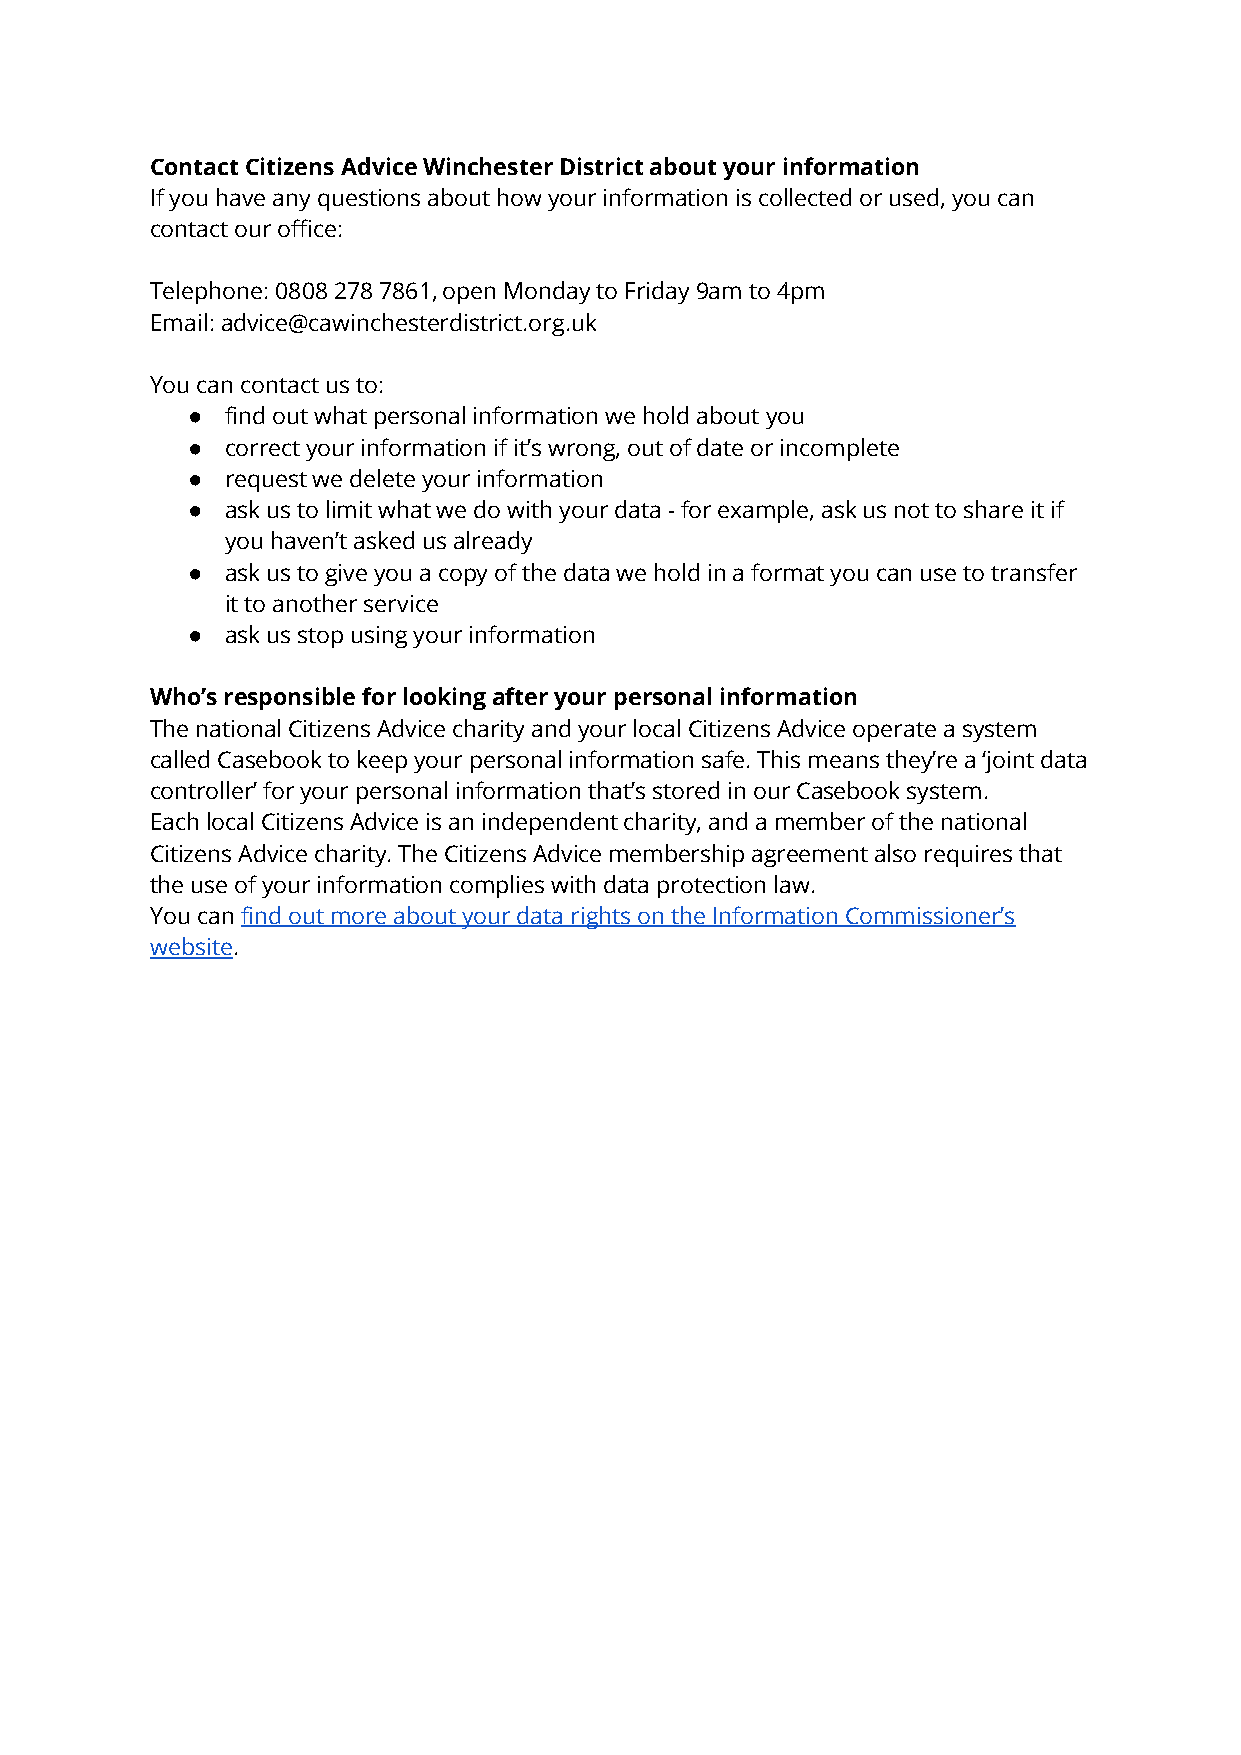
Contact Citizens Advice Winchester District about your information
 If you have any questions about how your information is collected or used, you can
 contact our office:
 Telephone: 0808 278 7861, open Monday to Friday 9am to 4pm
 Email: advice@cawinchesterdistrict.org.uk
 You can contact us to:
 ●  find out what personal information we hold about you
 ●  correct your information if it’s wrong, out of date or incomplete
 ●  request we delete your information
 ●  ask us to limit what we do with your data - for example, ask us not to share it if
 you haven’t asked us already
 ●  ask us to give you a copy of the data we hold in a format you can use to transfer
 it to another service
 ●  ask us stop using your information
 Who’s responsible for looking after your personal information
 The national Citizens Advice charity and your local Citizens Advice operate a system
 called Casebook to keep your personal information safe. This means they’re a ‘joint data
 controller’ for your personal information that’s stored in our Casebook system.
 Each local Citizens Advice is an independent charity, and a member of the national
 Citizens Advice charity. The Citizens Advice membership agreement also requires that
 the use of your information complies with data protection law.
 You can find out more about your data rights on the Information Commissioner’s
 website.